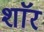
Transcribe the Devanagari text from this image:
शाॅर